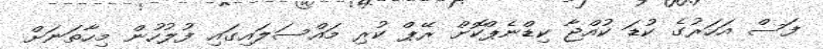
ފަސް އަހަރުގެ ކުޑަ ކުއްޖާ ކިޑްނެޕްކޮށް ރޭޕް ކުރި މައްސަލައިގައި ފުލުހުން މިހާތަނަށް